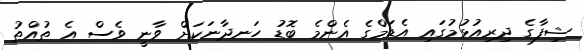
ޝިފާގެ ދިރިއުޅުމުގައި އެޑަމްގެ އެންމެ ބޮޑު ހަނދާނަކަށް ވާނީ ވެސް އެ ތުއްތު